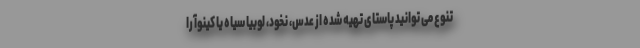
تنوع می توانید پاستای تهیه شده از عدس، نخود، لوبیا سیاه یا کینوآ را